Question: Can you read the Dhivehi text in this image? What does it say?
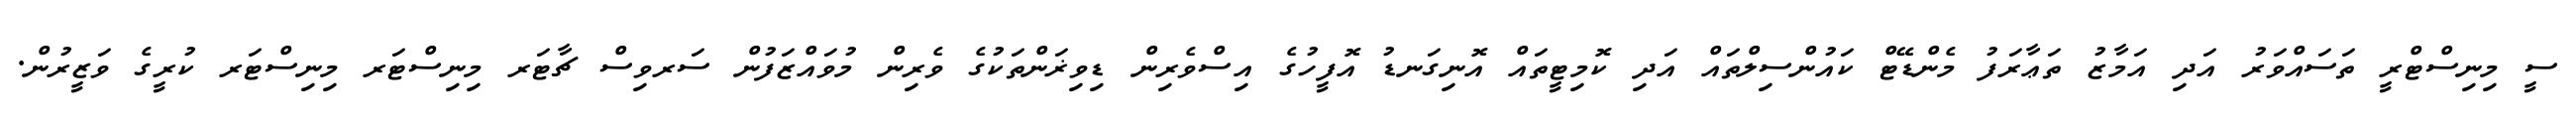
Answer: ސީ މިނިސްޓްރީ ތަސައްވަރު އަދި އަމާޒު ތަޢާރަފު މެންޑޭޓް ކައުންސިލްތައް އަދި ކޮމިޓީތައް އޮނިގަނޑު އޮފީހުގެ އިސްވެރިން ޑިވިޜަންތަކުގެ ވެރިން މުވައްޒަފުން ސަރވިސް ޗާޓަރ މިނިސްޓަރ މިނިސްޓަރ ކުރީގެ ވަޒީރުން.